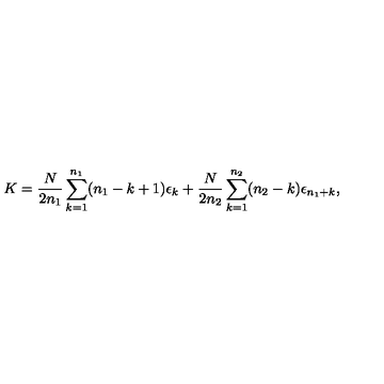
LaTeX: K = { \frac { N } { 2 n _ { 1 } } } \sum _ { k = 1 } ^ { n _ { 1 } } ( n _ { 1 } - k + 1 ) \epsilon _ { k } + { \frac { N } { 2 n _ { 2 } } } \sum _ { k = 1 } ^ { n _ { 2 } } ( n _ { 2 } - k ) \epsilon _ { n _ { 1 } + k } ,